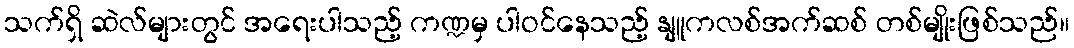
သက်ရှိ ဆဲလ်များတွင် အရေးပါသည့် ကဏ္ဍမှ ပါဝင်နေသည့် နျူကလစ်အက်ဆစ် တစ်မျိုးဖြစ်သည်။